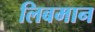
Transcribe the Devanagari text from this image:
लिबमान